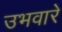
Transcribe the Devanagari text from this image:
उभवारे